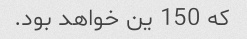
که 150 ین خواهد بود.